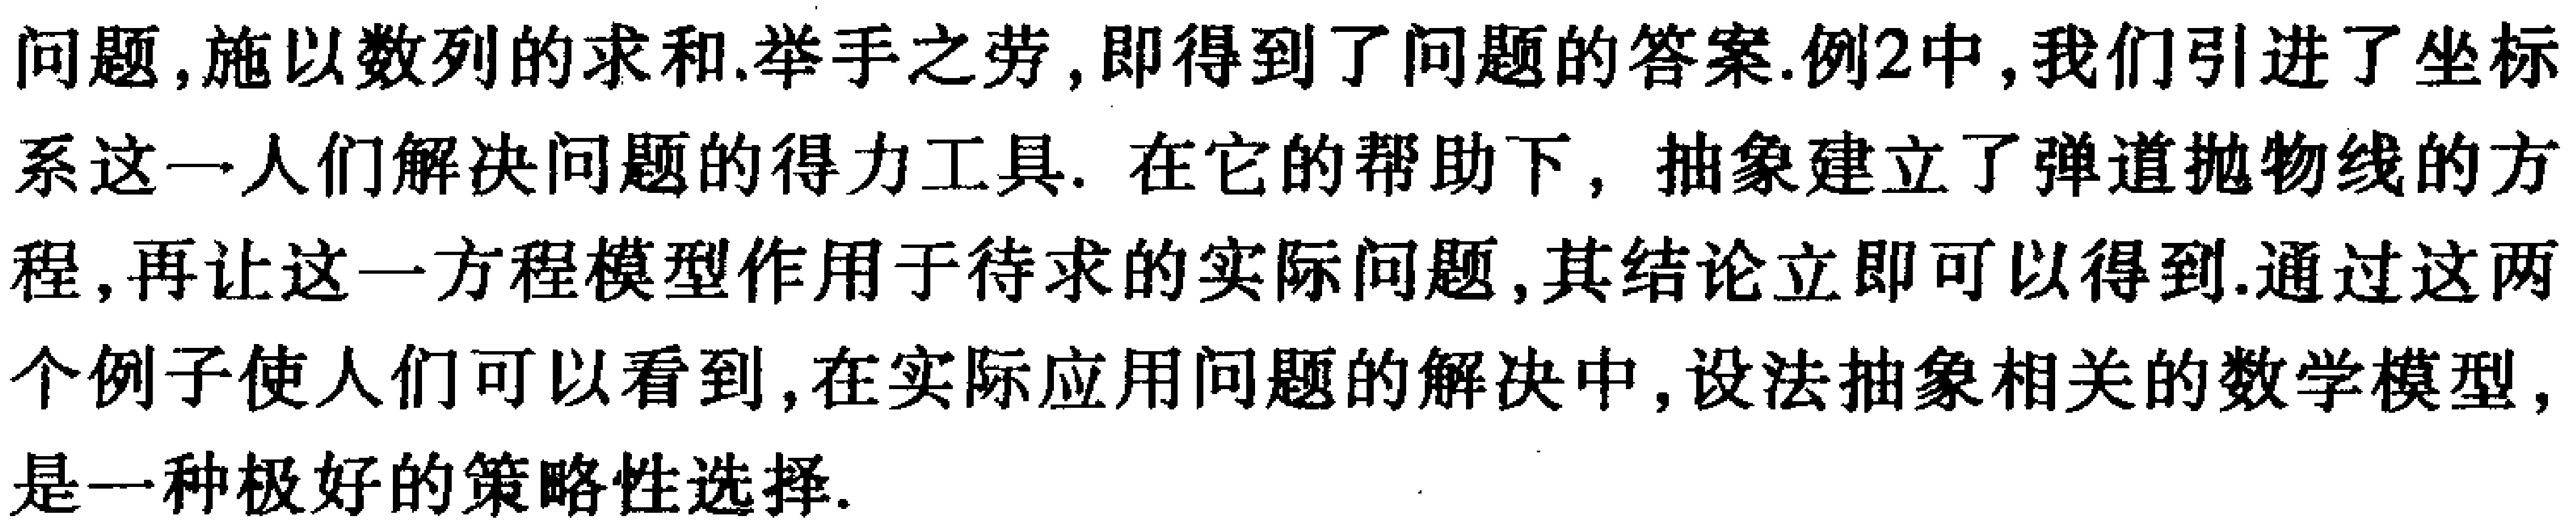
问题,施以数列的求和.举手之劳,即得到了问题的答案.例2中,我们引进了坐标系这一人们解决问题的得力工具. 在它的帮助下, 抽象建立了弹道抛物线的方程,再让这一方程模型作用于待求的实际问题,其结论立即可以得到.通过这两个例子使人们可以看到,在实际应用问题的解决中,设法抽象相关的数学模型,是一种极好的策略性选择.